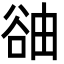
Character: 䜬